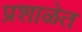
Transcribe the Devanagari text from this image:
प्रशाळेत